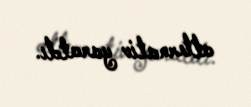
alternativ yaratdı.